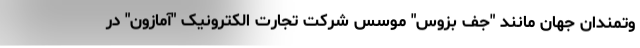
وتمندان جهان مانند "جف بزوس" موسس شرکت تجارت الکترونیک "آمازون" در